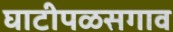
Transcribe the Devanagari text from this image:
घाटीपळसगाव